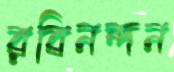
রবিনন্দন